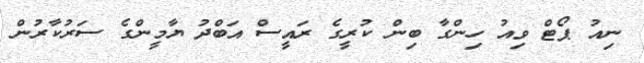
ނިއު ޕޯޓް ވިއު ހިންގާ ބިން ކުރީގެ ރައީސް އަބްދު ޔާމީންގެ ސަރުކާރުން